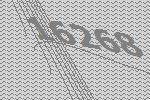
16268